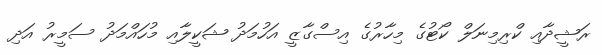
ރަޝީދާއި ކްރިމިނަލް ކޯޓުގެ މިހާރުގެ އިސްގާޒީ އަހުމަދު ޝަކީލާއި މުހައްމަދު ސަމީރު އަދި